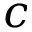
c